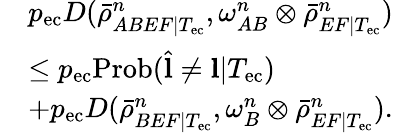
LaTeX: \begin{array}{rl}&{p_{\mathrm{ec}}D(\bar{\rho}_{ABEF|T_{\mathrm{ec}}}^{n},\omega_{AB}^{n}\otimes\bar{\rho}_{EF|T_{\mathrm{ec}}}^{n})}\\ &{\leq p_{\mathrm{ec}}\mathrm{Prob}(\hat{\mathbf{l}}\neq\mathbf{l}|T_{\mathrm{ec}})}\\ &{+p_{\mathrm{ec}}D(\bar{\rho}_{BEF|T_{\mathrm{ec}}}^{n},\omega_{B}^{n}\otimes\bar{\rho}_{EF|T_{\mathrm{ec}}}^{n}).}\end{array}